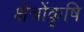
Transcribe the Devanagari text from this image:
क्षेत्रोंकृषि